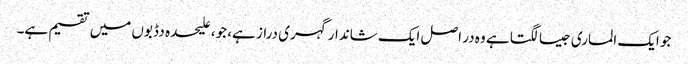
جو ایک الماری جیسا لگتا ہے وہ در اصل ایک شاندار گہری دراز ہے، جو، علیحدہ دڈبوں میں تقسیم ہے۔